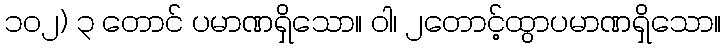
၁၀၂) ၃ တောင် ပမာဏရှိသော။ ဝါ၊ ၂တောင့်ထွာပမာဏရှိသော။